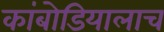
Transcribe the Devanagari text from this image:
कांबोडियालाच